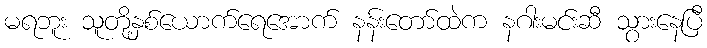
မရဘူး သူတို့နှစ်ယောက်ရေအောက် နန်းတော်ထဲက နဂါးမင်းဆီ သွားနေပြီ